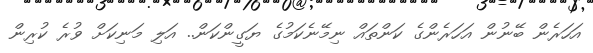
އަހަރެން ބޭނުން އަހަރެންގެ ކަންތައް ނިމޭނެކަމުގެ ޔަގީންކަން.. އަލި މަނިކަށް ވުރެ ކުރިން